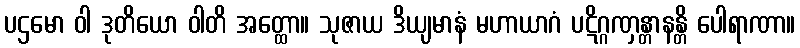
ပဌမော ဝါ ဒုတိယော ဝါတိ အတ္ထော။ သုဇာယ ဒိယျမာနံ မဟာယာဂံ ပဋိဂ္ဂဏှန္တာနန္တိ ပေါရာဏာ။